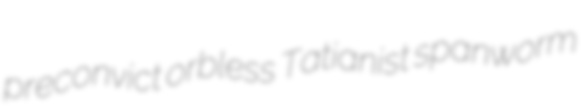
preconvict orbless Tatianist spanworm